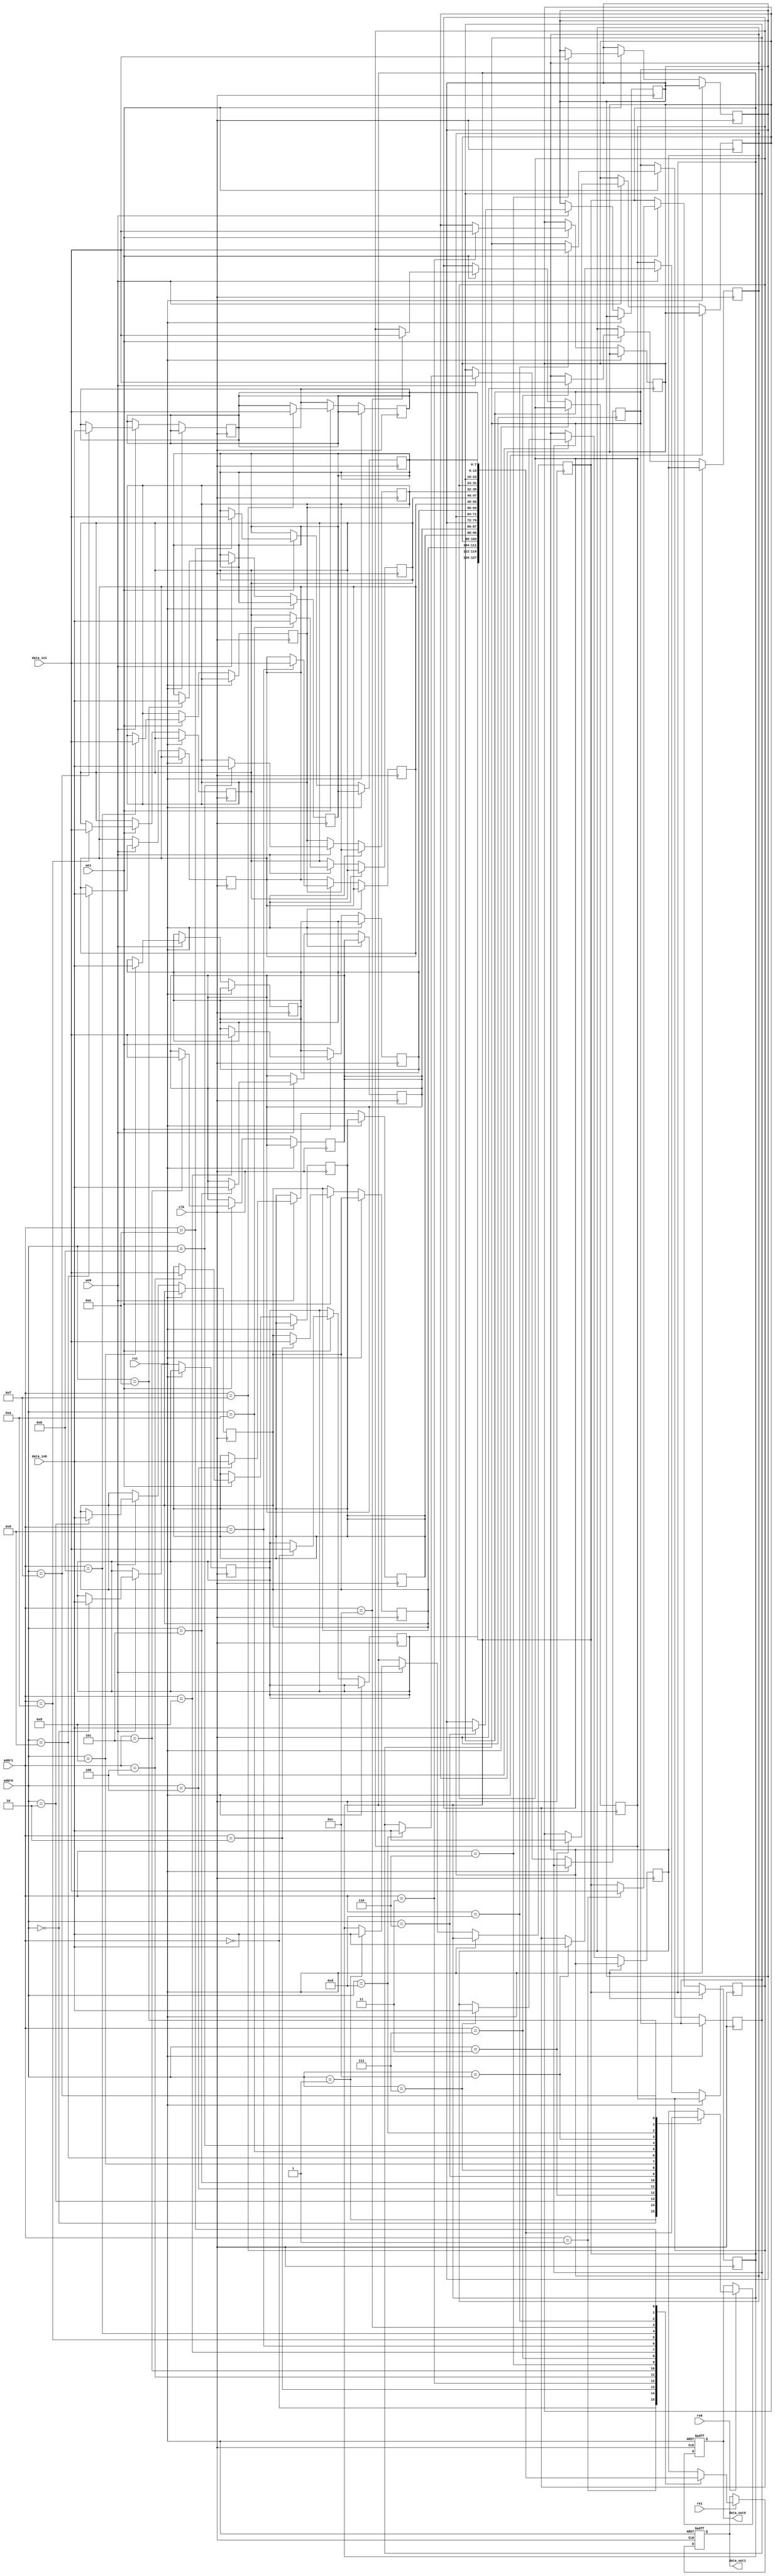
module MPSRAM #(
    parameter DATA_WIDTH = 8,  // Configurable data width (e.g., 8, 16, 32)
    parameter ADDR_WIDTH = 4,   // Address width (depends on memory size)
    parameter MEM_SIZE = 1 << ADDR_WIDTH // Memory size
)(
    input  wire                  clk,          // Clock signal
    input  wire                  rst,          // Reset signal
    // Port 0
    input  wire [ADDR_WIDTH-1:0] addr0,       // Address input for port 0
    input  wire [DATA_WIDTH-1:0] data_in0,    // Data input for port 0
    output reg  [DATA_WIDTH-1:0] data_out0,   // Data output for port 0
    input  wire                  we0,          // Write enable for port 0
    input  wire                  re0,          // Read enable for port 0
    // Port 1
    input  wire [ADDR_WIDTH-1:0] addr1,       // Address input for port 1
    input  wire [DATA_WIDTH-1:0] data_in1,    // Data input for port 1
    output reg  [DATA_WIDTH-1:0] data_out1,   // Data output for port 1
    input  wire                  we1,          // Write enable for port 1
    input  wire                  re1           // Read enable for port 1
);

    // Memory array
    reg [DATA_WIDTH-1:0] mem [0:MEM_SIZE-1];

    // Port 0 Read/Write Logic
    always @(posedge clk or posedge rst) begin
        if (rst) begin
            data_out0 <= 0; // Reset data output
        end else begin
            if (we0) begin
                mem[addr0] <= data_in0; // Write data to memory
            end
            if (re0) begin
                data_out0 <= mem[addr0]; // Read data from memory
            end
        end
    end

    // Port 1 Read/Write Logic
    always @(posedge clk or posedge rst) begin
        if (rst) begin
            data_out1 <= 0; // Reset data output
        end else begin
            if (we1) begin
                mem[addr1] <= data_in1; // Write data to memory
            end
            if (re1) begin
                data_out1 <= mem[addr1]; // Read data from memory
            end
        end
    end

endmodule